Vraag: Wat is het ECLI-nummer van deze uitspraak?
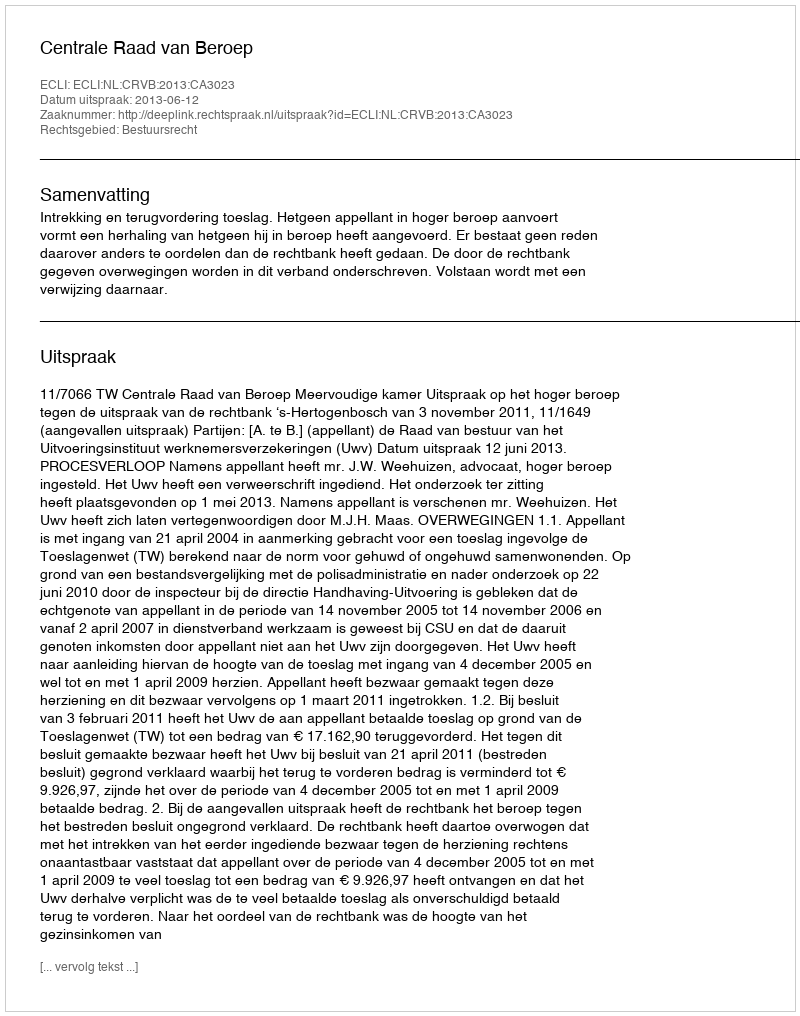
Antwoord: ECLI:NL:CRVB:2013:CA3023